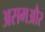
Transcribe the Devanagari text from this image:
असमऔर